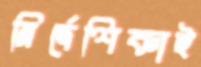
নির্দেশিকাই